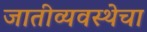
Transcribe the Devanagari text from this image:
जातीव्यवस्थेचा